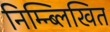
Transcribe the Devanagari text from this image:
निम्न्ब्लिखित